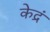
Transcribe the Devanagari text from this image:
केद्रं